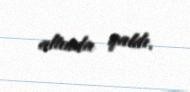
altında qaldı.